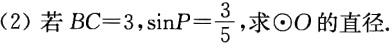
(2) 若\(BC = 3,\sin P=\frac{3}{5}\)，求\(\odot O\)的直径.